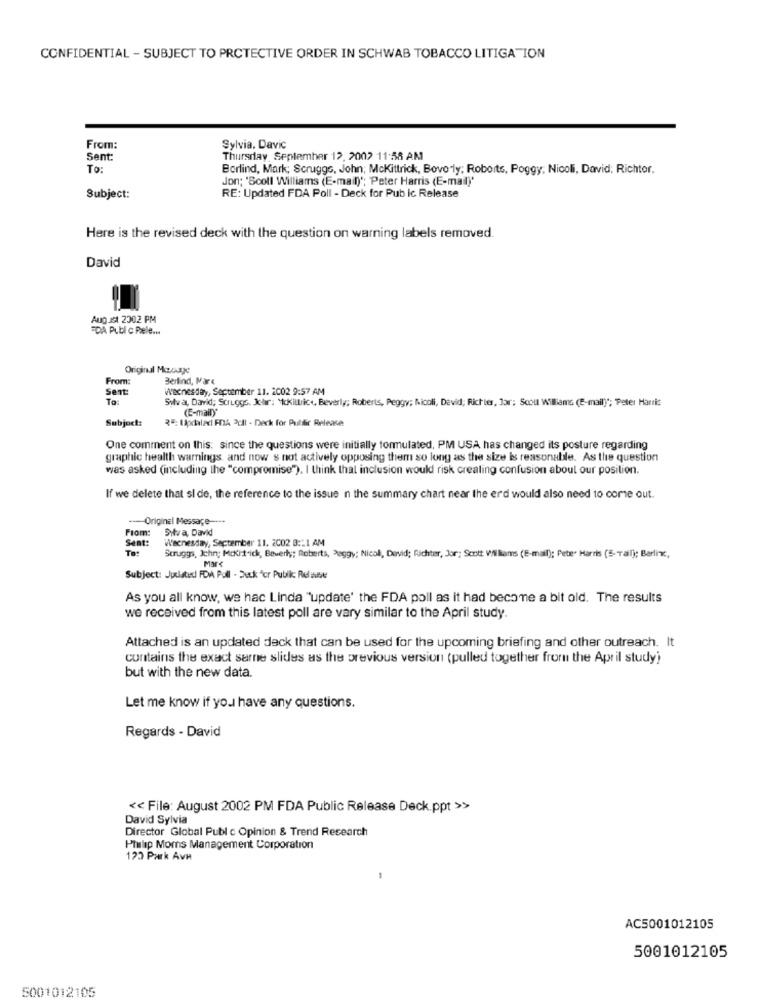
CONFIDENTIAL - SUBJECT TO PROTECTIVE ORDER IN SCHWAB TOBACCO LITIGATION
From:
Sylvia. Davic
Sent:
Thursday, September 12, 2002 11:58 AM
To:
Borlind, Mark; Scruggs, John; Mckittrick, Bovoly; Roberts, Poggy, Nicoli, David; Richter.
Jon; 'Scoll Williams (E-mail)"; Peter Harris (E-mail)'
Subject:
RE: Updated FDA Poll - Deck for Pub ic Release
Here is the revised deck with the question on warning labels removed.
David
August 2002 PM
FDA Publ c Pele ...
Original Message
From
Berlind, Mare
Sent
wednesday, September 11. 2002 9:57 AM
To:
Silva, David; Scruggs. Jolır: "Ikillrice, Beverly; Roberts, Peggy; Nicoli, Devid; Richter, Jor; Scout Williams (E-mail)"; Peter Harris
(E-maily
Subject:
₹": Updated FDA 2℃Il - Deck for Public Release
One comment on this: since the questions were initially formulated, PM USA has changed its posture regarding
graphic health warnings and now s not actively opposing them so long as the size is reasonable. As the question
was asked (including the "compromise"). I think that inclusion would risk creating confusion about our position.
If we delete that si de, the reference to the issue n the summary chart near the erd would also need to come out.
---- Original Message ----
From:
Silva, David
Sent :
Wednesday, September 11. 2002 3 :: 1 AM
Scruggs, Ichn; Mcki-trick, Beverly; Roberts, Peggy; Nicol, David; Richter, Jor; Scott Williams (E-mail); Pete. Harris (5- Tail); Berlinxc,
Subject: Judated FDA Pull - Duck "cr Public Relause
As you all know, we hac Linda "update' the FDA poll as it had become a bit old. The results
we received from this latest poll are vary similar to the April study.
Attached is an updated deck that can be used for the upcoming briefing and other outreach. It
contains the exact sarne slides as the previous version (pulled together from the April study)
but with the new data.
Let me know if you have any questions.
Regards - David
<< File: August 2002 PM FDA Public Release Deck.ppt >>
David Sylvia
Director Global Public Opinion & Trend Research
Ptulip Moms Management Corporation
123 Park AvH
AC5001012105
5001012105
5001012105